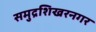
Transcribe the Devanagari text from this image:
समुद्रशिखरनगर